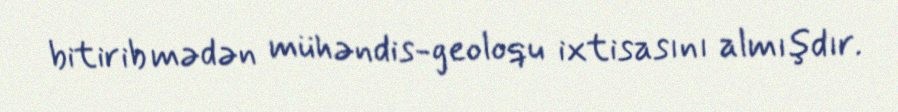
bitirib mədən mühəndis-geoloqu ixtisasını almışdır.